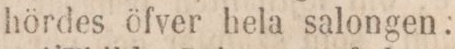
hördes öfver hela salongen.